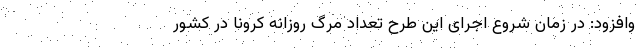
وافزود: در زمان شروع اجرای این طرح تعداد مرگ روزانه کرونا در کشور